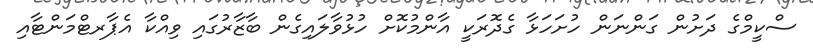
ސްކީމްގެ ދަށުން ގަންނަން ހުށަހަޅާ ގެދޮރަކީ އާންމުކޮށް ހުޅުވާލައިގެން ބާޒާރުގައި ވިއްކާ އެޕާރޓްމަންޓާއި